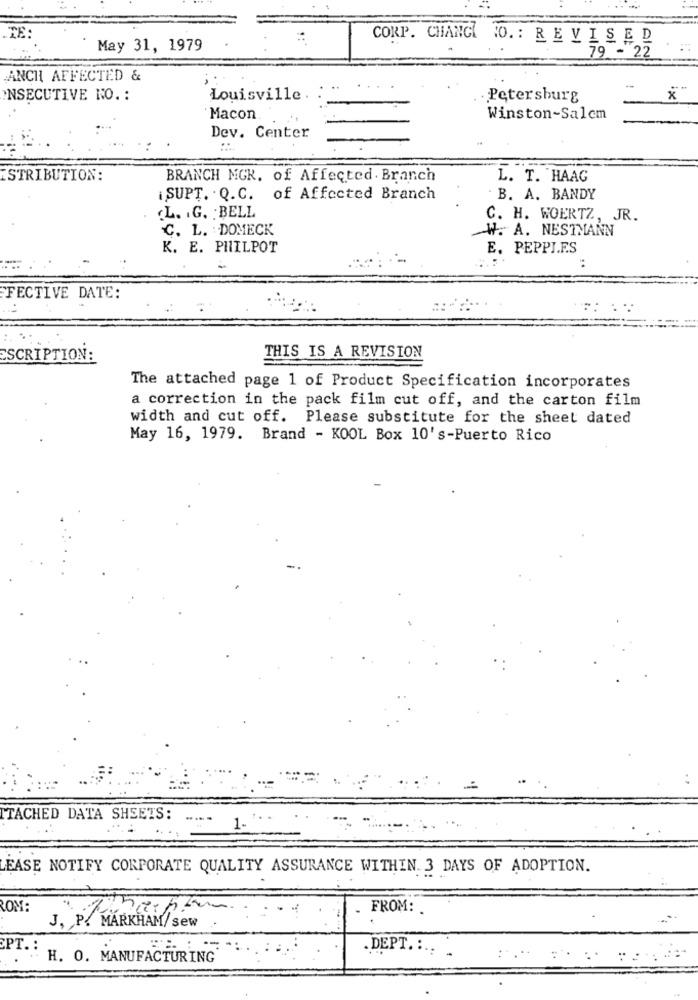
CORP. CHANGE NO. : REVISED
May 31, 1979
79 - 22
ANCH AFFECTED &
NSECUTIVE NO. :
Louisville.
. Petersburg
*
Macon.
Winston-Salem
Dev. Center
STRIBUTION:
BRANCH MGR. of Affected. Branch
L. T. HAAG
¡SUPT. . Q.C. of Affected Branch
. B. A. BANDY
.L. . G. : BELL
C. H. WOERTZ, JR.
C. L. DOMECK
W. A. NESTMANN
K. E. PHILPOT
E. PEPPI.E.S
FECTIVE DATE:
: : .
SCRIPTION:
THIS IS A REVISION
The attached page 1 of Product Specification incorporates
a correction in the pack film cut off, and the carton film
width and cut off. Please substitute for the sheet dated
May 16, 1979. Brand - KOOL Box 10's-Puerto Rico
TACHED DATA SHEETS:
1.
LEASE NOTIFY CORPORATE QUALITY ASSURANCE WITHIN. 3 DAYS OF ADOPTION.
ROM:
FROM: .
J, P. MARKHAM/sew
CPT .:
H. O. MANUFACTURING
. DEPT. :.. .